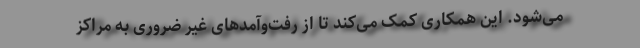
می‌شود. این همکاری کمک می‌کند تا از رفت‌و‌آمدهای غیر ضروری به مراکز